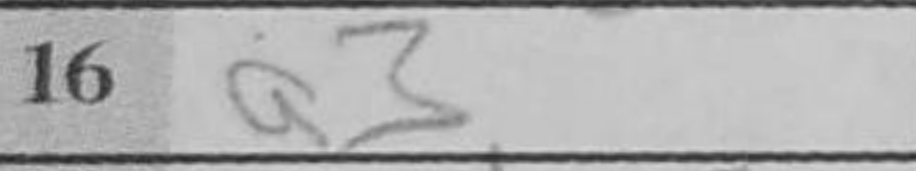
Transcription: a3